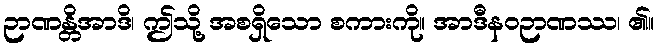
ဉာဏန္တိအာဒိ၊ ဤသို့ အစရှိသော စကားကို။ အာဒီနဝဉာဏဿ၊ ၏။